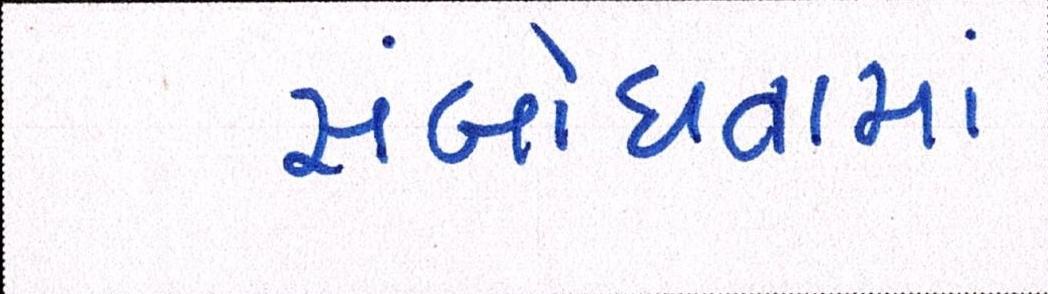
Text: સંબોધવામાં